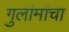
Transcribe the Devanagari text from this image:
गुलांमांचा